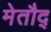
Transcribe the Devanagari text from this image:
मेतौद्